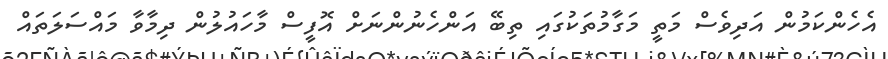
އެހެންކަމުން އަދިވެސް މަތީ މަގާމުތަކުގައި ތިބޭ އަންހެނުންނަށް އޮފީސް މާހައުލުން ދިމާވާ މައްސަލަތައް